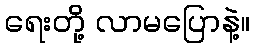
ရေးတို့ လာမပြောနဲ့။